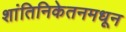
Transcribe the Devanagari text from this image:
शांतिनिकेतनमधून